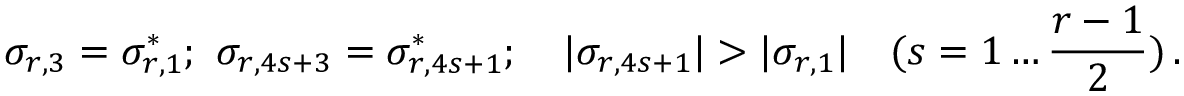
\sigma _ { r , 3 } = \sigma _ { r , 1 } ^ { * } ; \, \, \sigma _ { r , 4 s + 3 } = \sigma _ { r , 4 s + 1 } ^ { * } ; \quad | \sigma _ { r , 4 s + 1 } | > | \sigma _ { r , 1 } | \quad ( s = 1 \ldots \frac { r - 1 } { 2 } ) \, .